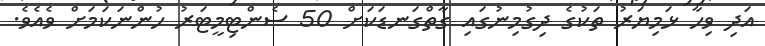
އަދި ވިހާ ޅަމިޔަރު ތަކުގެ ދިގުމިނުގައި ގާތްގަނޑަކަށް 50 ސެންޓިމީޓަރު ހުންނަކަމަށް ވެއެވެ.